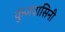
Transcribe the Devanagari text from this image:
कुंजवासिनी